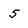
Character: 5